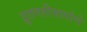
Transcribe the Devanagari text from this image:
द्रुतगतीमार्गाचे